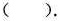
().